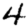
Digit: 4